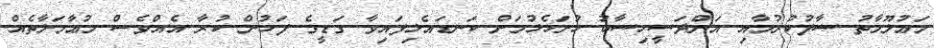
މަޢުލޫމާތު ސާފުކުރުމާއި އަންދަސީހިސާބު ހުށަހެޅުމަށް ކަނޑައެޅިފައިވާ ގަޑީގެ ފަހުން ކުރާ އެއްވެސް މުޢާމަލާތެއް